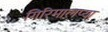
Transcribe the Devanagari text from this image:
गिरिमालप्या